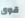
قوى